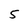
Character: 5